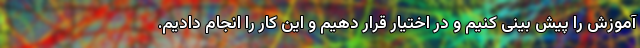
آموزش را پیش بینی کنیم و در اختیار قرار دهیم و این کار را انجام دادیم.